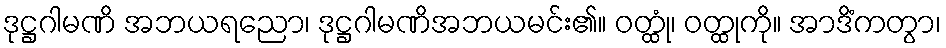
ဒုဋ္ဌဂါမဏိ အဘယရညော၊ ဒုဋ္ဌဂါမဏိအဘယမင်း၏။ ဝတ္ထုံ၊ ဝတ္ထုကို။ အာဒိံကတွာ၊